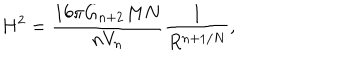
LaTeX: H ^ { 2 } = \frac { 1 6 \pi G _ { n + 2 } M N } { n V _ { n } } \frac { 1 } { R ^ { n + 1 / N } } ,